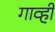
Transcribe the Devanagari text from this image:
गार्व्ही